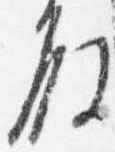
殿